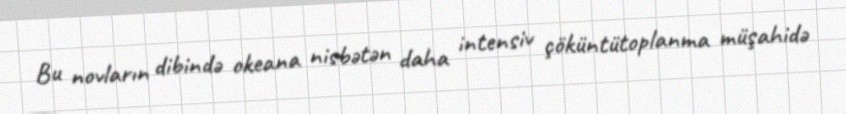
Bu novların dibində okeana nisbətən daha intensiv çöküntütoplanma müşahidə